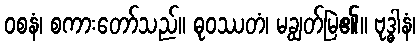
ဝစနံ၊ စကားတော်သည်။ ဓုဝဿတံ၊ မချွတ်မြဲ၏။ ဗုဒ္ဓါနံ၊